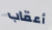
أعقاب